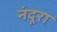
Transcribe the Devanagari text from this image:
नंदूरा